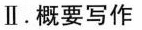
Ⅱ.概要写作